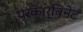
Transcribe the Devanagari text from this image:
परकार्बिनेट